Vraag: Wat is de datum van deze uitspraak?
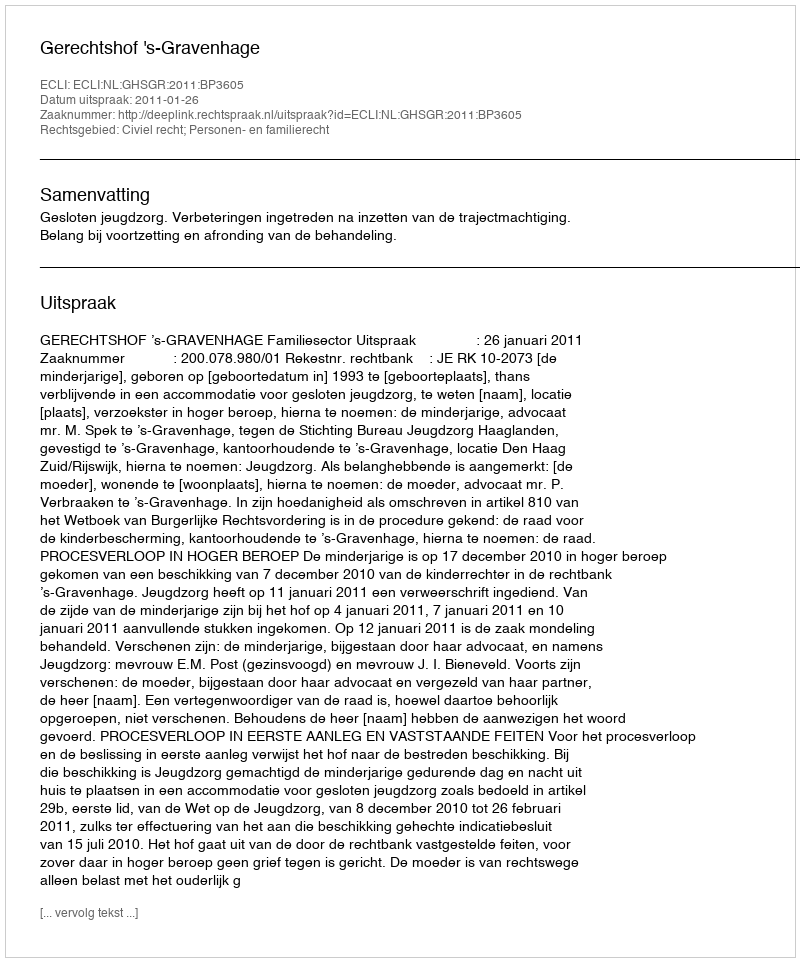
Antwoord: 2011-01-26